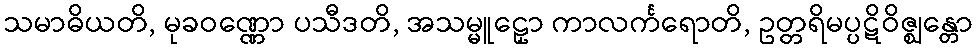
သမာဓိယတိ, မုခဝဏ္ဏော ပသီဒတိ, အသမ္မူဠှော ကာလင်္ကရောတိ, ဥတ္တရိမပ္ပဋိဝိဇ္ဈန္တော